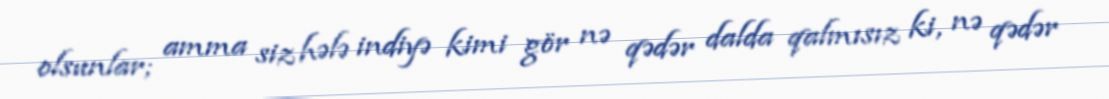
olsunlar; amma siz hələ indiyə kimi gör nə qədər dalda qalmısız ki, nə qədər